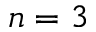
n = 3